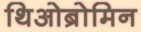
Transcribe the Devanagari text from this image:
थिओब्रोमिन